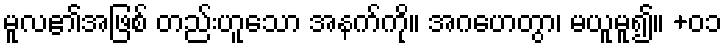
မူလ၏အဖြစ် တည်းဟူသော အနက်ကို။ အဂဟေတွာ၊ မယူမူ၍။ +၀၁